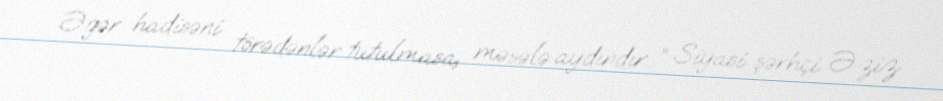
Əgər hadisəni törədənlər tutulmasa, məsələ aydındır…” Siyasi şərhçi Əziz